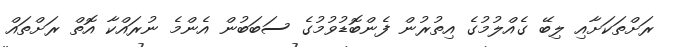
ރަށްތަކަށާއި ލިބޭ ގެއްލުމުގެ އިތުރުން ފެންބޮޑުވުމުގެ ސަބަބުން އެންމެ ނުރައްކާ އޮތް ރަށްތައް